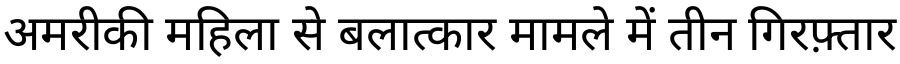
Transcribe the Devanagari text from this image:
अमरीकी महिला से बलात्कार मामले में तीन गिरफ़्तार